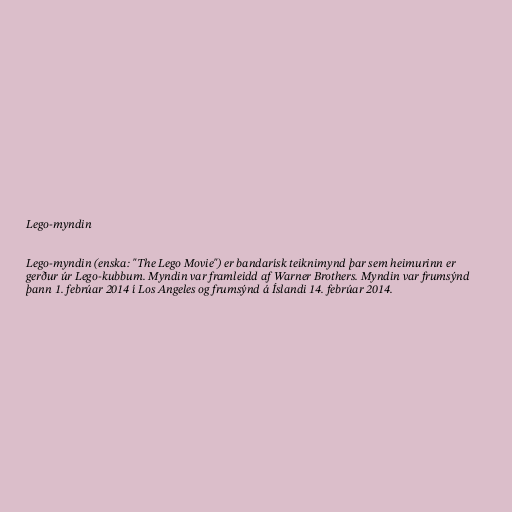
Lego-myndin

Lego-myndin (enska: "The Lego Movie") er bandarísk teiknimynd þar sem heimurinn er
gerður úr Lego-kubbum. Myndin var framleidd af Warner Brothers. Myndin var frumsýnd
þann 1. febrúar 2014 í Los Angeles og frumsýnd á Íslandi 14. febrúar 2014.